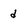
Character: d